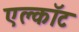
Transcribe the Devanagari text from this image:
एल्कॉट